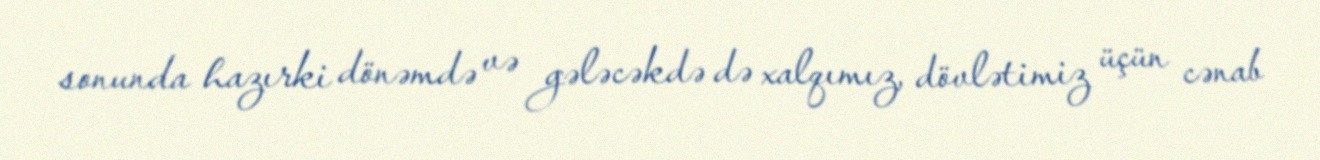
sonunda hazırki dönəmdə və gələcəkdə də xalqımız, dövlətimiz üçün cənab